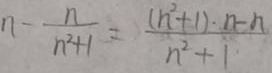
n - \frac { n } { n ^ { 2 } + 1 } = \frac { ( n ^ { 2 } + 1 ) \cdot n - n } { n ^ { 2 } + 1 }